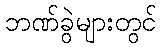
ဘဏ်ခွဲများတွင်